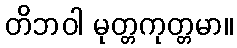
တိဘဝါ မုတ္တကုတ္တမာ။